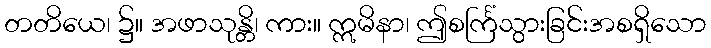
တတိယေ၊ ၌။ အဖာသုန္တိ၊ ကား။ ဣမိနာ၊ ဤစင်္ကြံသွားခြင်းအစရှိသော